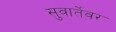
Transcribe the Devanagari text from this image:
सुवार्तेवर